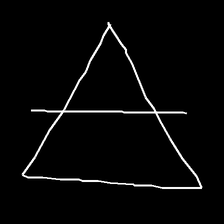
Glyph: empower